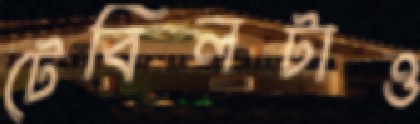
টেবিলটাও